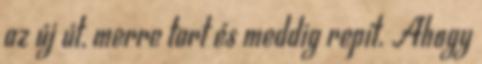
az új út, merre tart és meddig repít. Ahogy